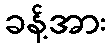
ခန့်အား